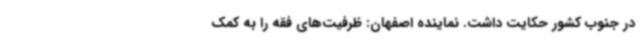
در جنوب کشور حکایت داشت. نماینده اصفهان: ظرفیت‌های فقه را به کمک